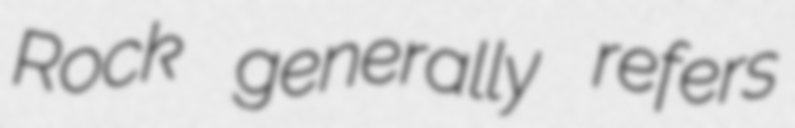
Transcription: Rock generally refers